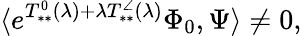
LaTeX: \langle e^{T_{**}^{0}(\lambda)+\lambda T_{**}^{\angle}(\lambda)}\Phi_{0},\Psi\rangle\neq 0,